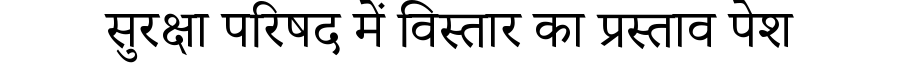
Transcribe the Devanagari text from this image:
सुरक्षा परिषद में विस्तार का प्रस्ताव पेश